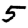
Digit: 5